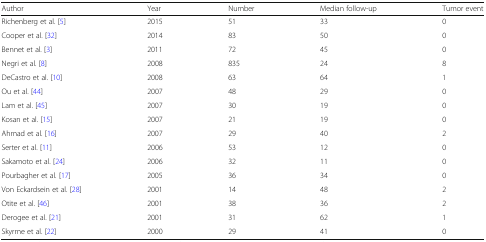
<table><thead><tr><td><b>Author</b></td><td><b>Year</b></td><td><b>Number</b></td><td><b>Median follow-up</b></td><td><b>Tumor event</b></td></tr></thead><tbody><tr><td>Richenberg et al. [5]</td><td>2015</td><td>51</td><td>33</td><td>0</td></tr><tr><td>Cooper et al. [32]</td><td>2014</td><td>83</td><td>50</td><td>0</td></tr><tr><td>Bennet et al. [3]</td><td>2011</td><td>72</td><td>45</td><td>0</td></tr><tr><td>Negri et al. [8]</td><td>2008</td><td>835</td><td>24</td><td>8</td></tr><tr><td>DeCastro et al. [10]</td><td>2008</td><td>63</td><td>64</td><td>1</td></tr><tr><td>Ou et al. [44]</td><td>2007</td><td>48</td><td>29</td><td>0</td></tr><tr><td>Lam et al. [45]</td><td>2007</td><td>30</td><td>19</td><td>0</td></tr><tr><td>Kosan et al. [15]</td><td>2007</td><td>21</td><td>19</td><td>0</td></tr><tr><td>Ahmad et al. [16]</td><td>2007</td><td>29</td><td>40</td><td>2</td></tr><tr><td>Serter et al. [11]</td><td>2006</td><td>53</td><td>12</td><td>0</td></tr><tr><td>Sakamoto et al. [24]</td><td>2006</td><td>32</td><td>11</td><td>0</td></tr><tr><td>Pourbagher et al. [17]</td><td>2005</td><td>36</td><td>34</td><td>0</td></tr><tr><td>Von Eckardsein et al. [28]</td><td>2001</td><td>14</td><td>48</td><td>2</td></tr><tr><td>Otite et al. [46]</td><td>2001</td><td>38</td><td>36</td><td>2</td></tr><tr><td>Derogee et al. [21]</td><td>2001</td><td>31</td><td>62</td><td>1</td></tr><tr><td>Skyrme et al. [22]</td><td>2000</td><td>29</td><td>41</td><td>0</td></tr></tbody></table>